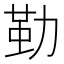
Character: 𠢀